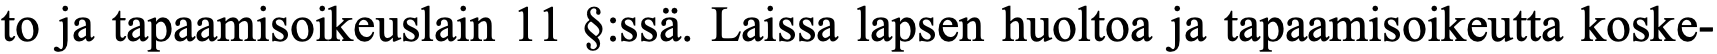
to ja tapaamisoikeuslain 11 §:ssä. Laissa lapsen huoltoa ja tapaamisoikeutta koske-